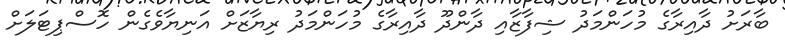
ބާރަށު ދާއިރާގެ މުހަންމަދު ޝިފާޒާއި ދާންދޫ ދާއިރާގެ މުހަންމަދު ރިޔާޒަށް އަނިޔާވެގެން ހޮސްޕިޓަލަށް